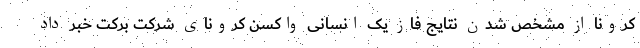
کرونا از مشخص شدن نتایج فاز یک انسانی واکسن کرونای شرکت برکت خبر داد